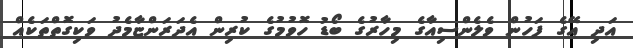
އަދި އޭގެ ފަހުން ވެލެންސިއާގެ މިހާރުގެ ބޯޑު ހޮވުމުގެ ކުރިން އެދަރަންޏާމެދު ވަކިގޮތްތަކެއް